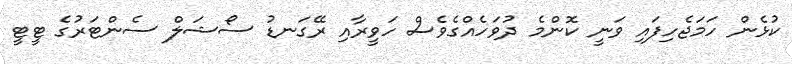
ކުޅެން ހަމަޖެހިފައި ވަނީ ކޮންމެ ދުވަހެއްގެވެސް ހަވީރާއި ރޭގަނޑު ސޯޝަލް ސެންޓަރުގެ ޓީޓީ